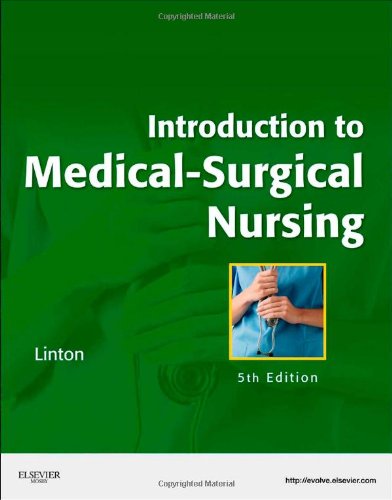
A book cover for Introduction to Medical-Surgical Nursing, 5th Edition; Adrianne Dill Linton; Medical Books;